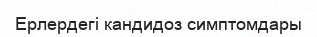
Ерлердегі кандидоз симптомдары